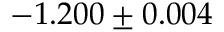
- 1 . 2 0 0 \pm 0 . 0 0 4